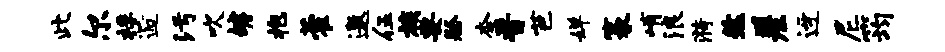
此尔桴逅污吹罅抱藿邀伍族要祭柰晋芭婵篆峭浪漪然差迓尼筠